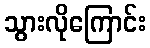
သွားလိုကြောင်း